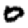
Digit: 0